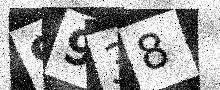
Text: 9938